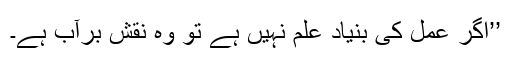
’’اگر عمل کی بنیاد علم نہیں ہے تو وہ نقش برآب ہے۔